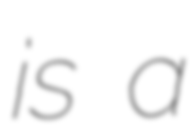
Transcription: is a